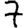
Digit: 7